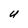
Character: U